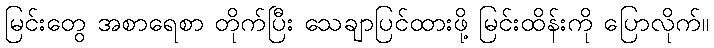
မြင်းတွေ အစာရေစာ တိုက်ပြီး သေချာပြင်ထားဖို့ မြင်းထိန်းကို ပြောလိုက်။